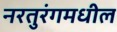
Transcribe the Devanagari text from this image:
नरतुरंगमधील